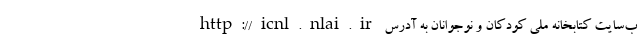
ب‌سایت کتابخانه ملی کودکان و نوجوانان به آدرس http://icnl.nlai.ir